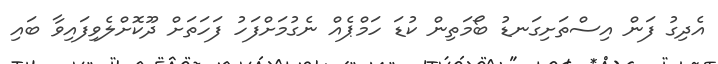
އެދިގު ފަން އިސްތަށިގަނޑު ބޯމަތިން ކުޑަ ހަމްޕެއް ނެގުމަށްފަހު ފަހަތަށް ދޫކޮށްލެވިފައިވާ ބައި